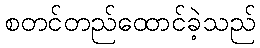
စတင်တည်ထောင်ခဲ့သည်